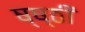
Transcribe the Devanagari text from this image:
ष्ष्ठी